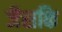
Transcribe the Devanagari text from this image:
जैसकि